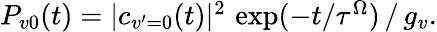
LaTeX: \begin{array}{r}{P_{v0}(t)=|c_{v^{\prime}=0}(t)|^{2}\, \exp(-t/\tau^{\Omega})\, /\, g_{v}.}\end{array}